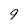
Character: 9